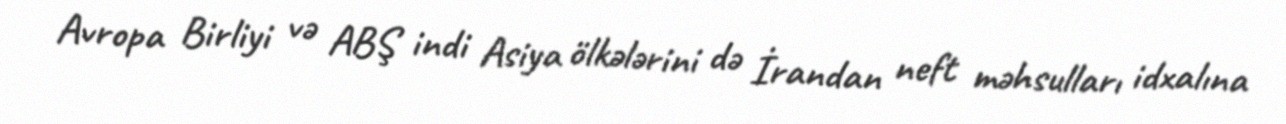
Avropa Birliyi və ABŞ indi Asiya ölkələrini də İrandan neft məhsulları idxalına